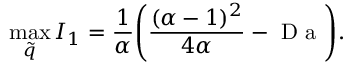
\operatorname* { m a x } _ { \tilde { q } } { I _ { 1 } } = \frac { 1 } { \alpha } \mathopen { } \mathclose \bgroup \mathopen { } \mathclose \bgroup \mathopen { } \mathclose \bgroup \mathopen { } \mathclose \bgroup \mathopen { } \mathclose \bgroup \mathopen { } \mathclose \bgroup \mathopen { } \mathclose \bgroup \mathopen { } \mathclose \bgroup \mathopen { } \mathclose \bgroup \mathopen { } \mathclose \bgroup \left( \frac { ( \alpha - 1 ) ^ { 2 } } { 4 \alpha } - \mathrm { ~ D ~ a ~ } \aftergroup \egroup \aftergroup \egroup \aftergroup \egroup \aftergroup \egroup \aftergroup \egroup \aftergroup \egroup \aftergroup \egroup \aftergroup \egroup \aftergroup \egroup \aftergroup \egroup \right) .